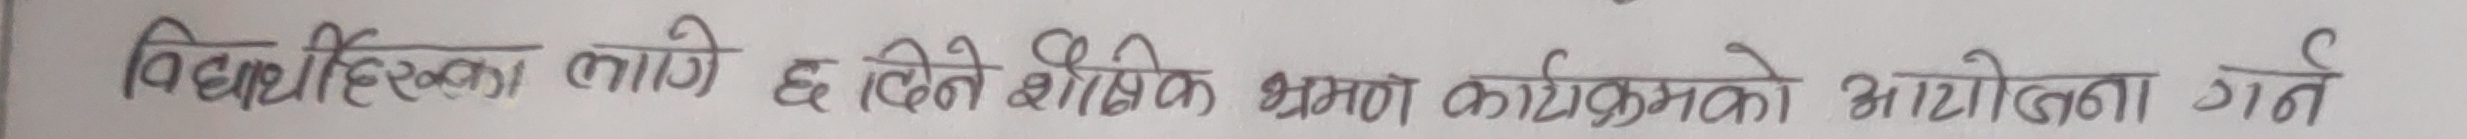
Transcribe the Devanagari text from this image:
विद्यार्थीहरुका लागि ६ दिने शैक्षिक भ्रमण कार्यक्रमको आयोजना गर्ने